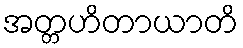
အတ္တဟိတာယာတိ